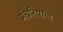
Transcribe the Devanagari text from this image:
मंचरियाल